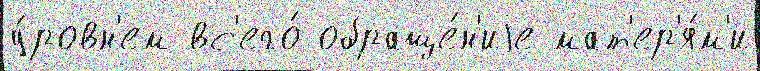
у́ровн'ем вс'его́ обраще́н'иjе мат'ер'я́м'и